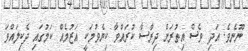
ނޫނެވެ. އަދި ވެސް އިތުރަށް ދިރާސާ ކުރައްވާ ކިޔެވުމަކީ އަޒުމެއް ކަމުގައި ދެކިލައްވަ